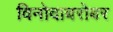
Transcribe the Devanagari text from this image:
विनोदाबरोबर